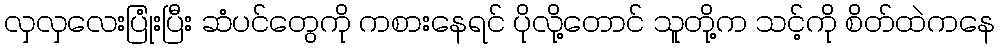
လှလှလေးပြုံးပြီး ဆံပင်တွေကို ကစားနေရင် ပိုလို့တောင် သူတို့က သင့်ကို စိတ်ထဲကနေ